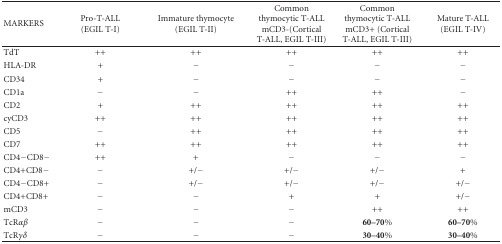
| MARKERS | Pro-T-ALL (EGIL T-I) | Immature thymocyte (EGIL T-II) | Common thymocytic T-ALL mCD3-(Cortical T-ALL, EGIL T-III) | Common thymocytic T-ALL mCD3+ (Cortical T-ALL, EGIL T-III) | Mature T-ALL (EGIL T-IV) |
 | --- | --- | --- | --- | --- | --- |
 | TdT | ++ | ++ | ++ | ++ | ++ |
 | HLA-DR | + | − | − | − | − |
 | CD34 | + | − | − | − | − |
 | CD1a | − | − | ++ | ++ | − |
 | CD2 | + | ++ | ++ | ++ | ++ |
 | cyCD3 | ++ | ++ | ++ | ++ | ++ |
 | CD5 | − | ++ | ++ | ++ | ++ |
 | CD7 | ++ | ++ | ++ | ++ | ++ |
 | CD4−CD8− | ++ | + | − | − | − |
 | CD4+CD8− | − | +/− | +/− | +/− | + |
 | CD4−CD8+ | − | +/− | +/− | +/− | +/− |
 | CD4+CD8+ | − | − | + | + | +/− |
 | mCD3 | − | − | − | ++ | ++ |
 | TcRαβ | − | − | − | 60–70% | 60–70% |
 | TcRγδ | − | − | − | 30–40% | 30–40% |